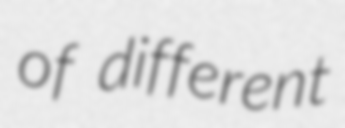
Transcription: of different